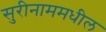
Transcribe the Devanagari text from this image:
सुरीनाममधील